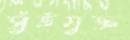
সুঁইযুক্ত